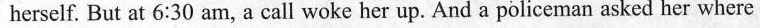
herself. But at 6:30 am, a call woke her up. And a policeman asked her where